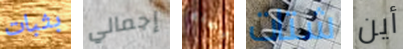
بثبات إجمالي مسنة شتات أين